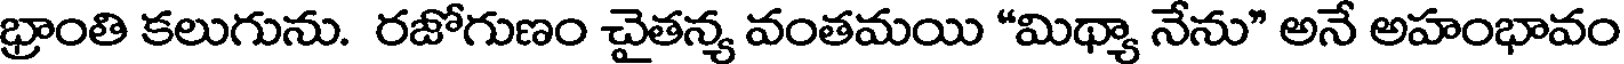
భ్రాంతి కలుగును. రజోగుణం చైతన్య వంతమయి "మిథ్యా నేను" అనే అహంభావం